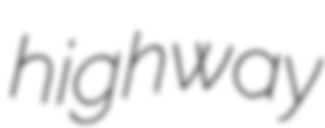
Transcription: highway